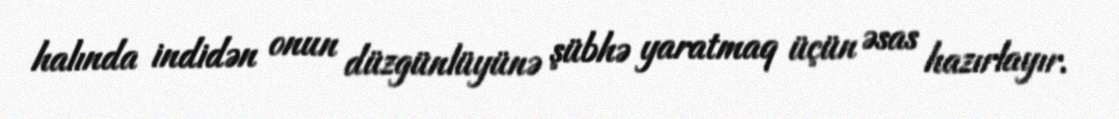
halında indidən onun düzgünlüyünə şübhə yaratmaq üçün əsas hazırlayır.